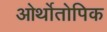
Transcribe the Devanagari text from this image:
ओर्थोतोपिक